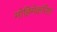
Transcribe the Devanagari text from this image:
मोहिमेकरिता